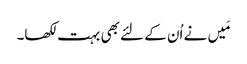
مَیں نے اُن کے لئے بھی بہت لکھا۔